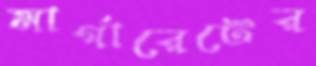
মার্গারেটের